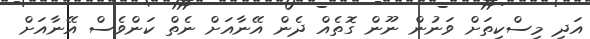
އަދި މިސްކިތަށް ވަނުން ނޫން ގޮތެއް ދެން އޭނާއަށް ނެތް ކަންވެސް އޭނާއަށް